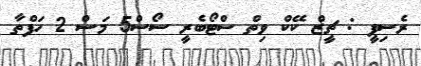
ރެސިޕީ : ޗީޒް ކޭކް ވިތް ސްޓޯބެރީ ސޯސް5 މަސް 2 ހަފްތާ